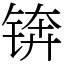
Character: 锛